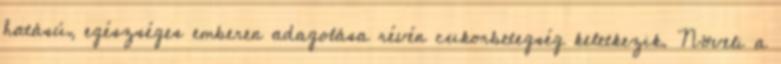
hatású, egészséges emberen adagolása révén cukorbetegség keletkezik. Növeli a